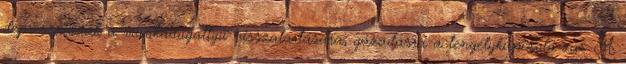
depressziónak a munkadugattyú visszatartására, gázadásra a tengelykapcsoló zár. A